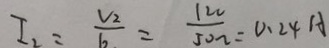
I _ { 2 } = \frac { V _ { 2 } } { 6 } = \frac { 1 2 v } { 5 0 w } = 0 . 2 4 A